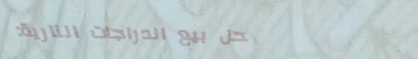
محل بيع الدراجات النارية: